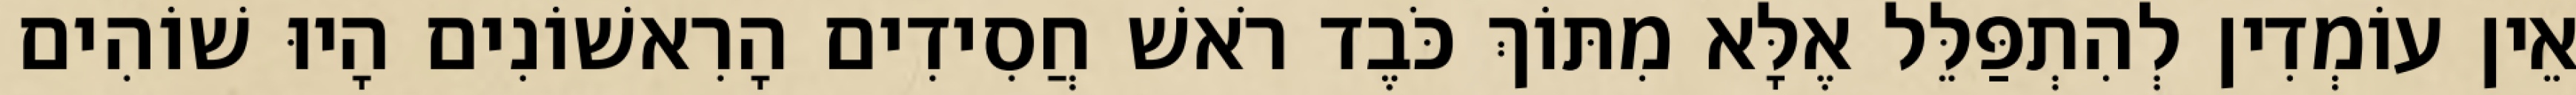
אֵין עוֹמְדִין לְהִתְפַּלֵּל אֶלָּא מִתּוֹךְ כֹּבֶד רֹאשׁ חֲסִידִים הָרִאשׁוֹנִים הָיוּ שׁוֹהִים